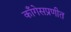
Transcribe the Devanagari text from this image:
काँगेसप्रणीत